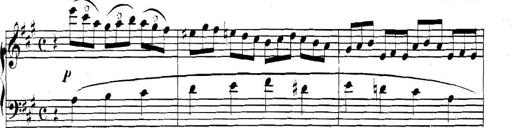
Title: Collected Piano Sonatas
Composer: Muzio Clementi